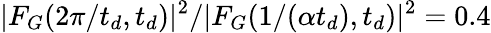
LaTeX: |F_{G}(2\pi/t_{d},t_{d})|^{2}/|F_{G}(1/(\alpha t_{d}),t_{d})|^{2}=0.4